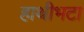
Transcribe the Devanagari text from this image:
हाथीभटा